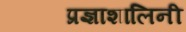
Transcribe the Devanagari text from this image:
प्रज्ञाशालिनी